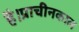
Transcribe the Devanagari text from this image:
है।प्राचीनकाल